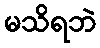
မသိရဘဲ